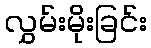
လွှမ်းမိုးခြင်း